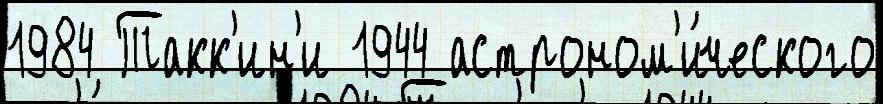
1984 Такк'ин'и 1944 астроном'и́ческого